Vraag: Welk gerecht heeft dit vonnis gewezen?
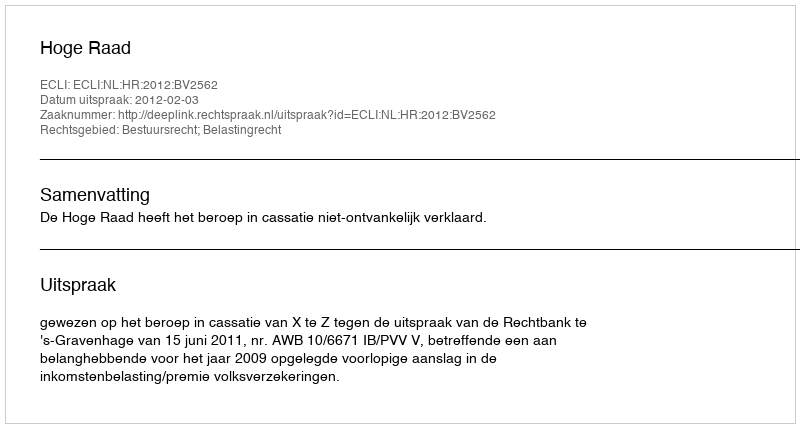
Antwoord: Hoge Raad